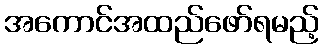
အကောင်အထည်ဖော်ရမည့်